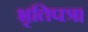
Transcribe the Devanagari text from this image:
भृतिपत्र।